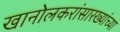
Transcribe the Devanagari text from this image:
खानोलकरांसारख्यांच्या